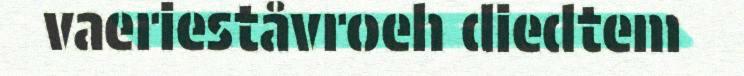
vaerieståvroeh diedtem